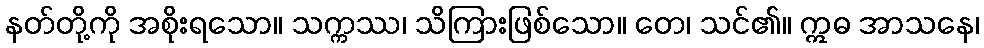
နတ်တို့ကို အစိုးရသော။ သက္ကဿ၊ သိကြားဖြစ်သော။ တေ၊ သင်၏။ ဣဓ အာသနေ၊